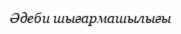
Әдеби шығармашылығы